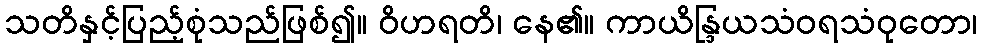
သတိနှင့်ပြည့်စုံသည်ဖြစ်၍။ ဝိဟရတိ၊ နေ၏။ ကာယိန္ဒြယသံဝရသံဝုတော၊